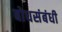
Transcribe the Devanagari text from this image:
बोधसंबंधी